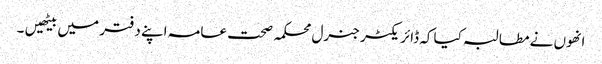
انھوں نے مطالبہ کیا کہ ڈائریکٹر جنرل محکمہ صحت عامہ اپنے دفتر میں بیٹھیں ۔